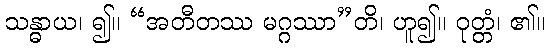
သန္ဓာယ၊ ၍။ “အတီတဿ မဂ္ဂဿာ”တိ၊ ဟူ၍။ ဝုတ္တံ၊ ၏။